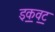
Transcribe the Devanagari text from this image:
इक॒वट॒